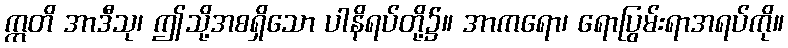
ဣတိ အာဒီသု၊ ဤသို့အစရှိသော ပါနိရပ်တို့၌။ အာကရော၊ ရောပြွမ်းရာအရပ်ကို။